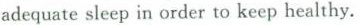
adequate sleep in order to keep healthy.